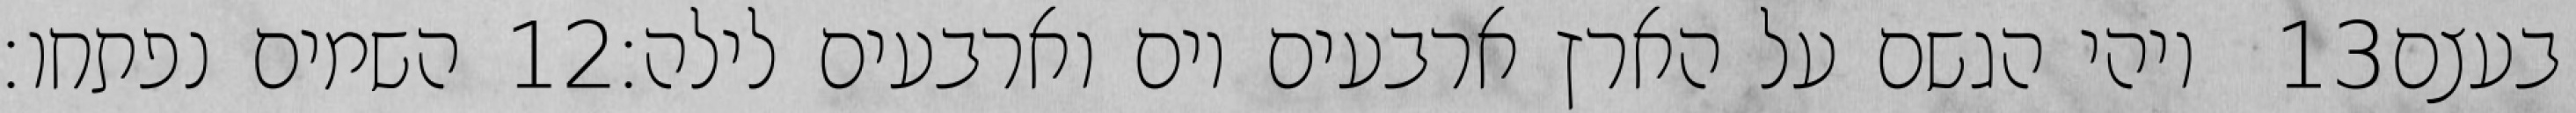
השמים נפתחו׃ ‎12‏ ויהי הגשם על הארץ ארבעים יום וארבעים לילה׃ ‎13‏ בעצם